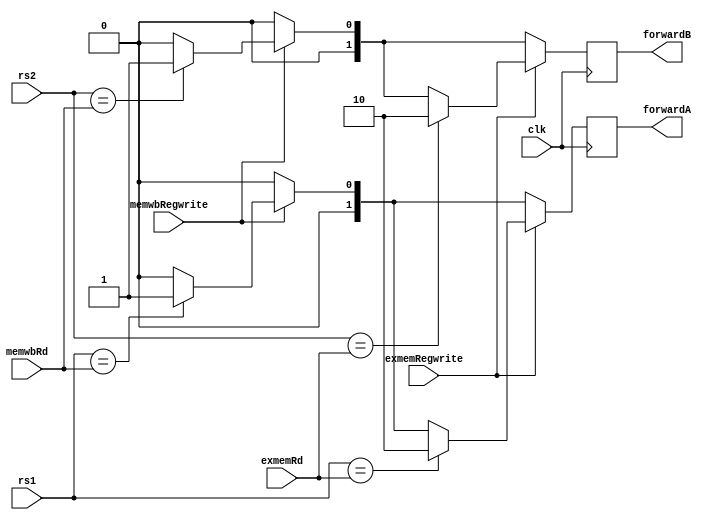
module Forwarding_Unit(
	input [4:0] rs1, rs2, exmemRd, memwbRd,
	input exmemRegwrite, memwbRegwrite, clk,
	output reg [1:0] forwardA, forwardB
);

always @ (posedge clk)
	begin
	forwardA = 2'b00;
	forwardB = 2'b00;
		if (memwbRegwrite)
			begin
				if (rs1 == memwbRd)
					forwardA = 2'b01;
				if (rs2 == memwbRd)
					forwardB = 2'b01;
			end
		if (exmemRegwrite)
			begin
				if (rs1 == exmemRd)
					forwardA = 2'b10;
				if (rs2 == exmemRd)
					forwardB = 2'b10;
			end
	end

endmodule